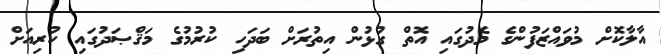
އާލާކޮށް މުވައްޒަފުންގެ މެދުގައި އޮތް ގުޅުން އިތުރަށް ބަދަހި ކުރުމުގެ މަޤްޞަދުގައި ކުރިއަށް